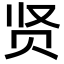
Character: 贤